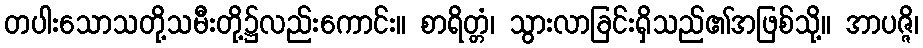
တပါးသောသတို့သမီးတို့၌လည်းကောင်း။ စာရိတ္တံ၊ သွားလာခြင်းရှိသည်၏အဖြစ်သို့။ အာပဇ္ဇိ၊